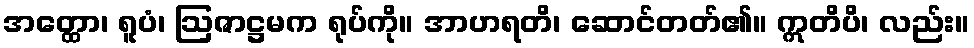
အတ္ထော၊ ရူပံ၊ ဩဇာဋ္ဌမက ရုပ်ကို။ အာဟရတိ၊ ဆောင်တတ်၏။ ဣတိပိ၊ လည်း။